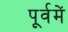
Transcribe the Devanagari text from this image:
पूर्वमें